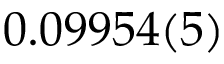
0 . 0 9 9 5 4 ( 5 )